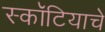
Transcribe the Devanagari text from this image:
स्कॉटियाचे